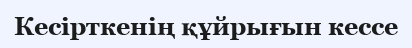
Кесірткенің құйрығын кессе